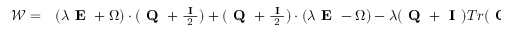
\begin{array} { r l } { \boldsymbol { \mathcal { W } } = } & { { } ( \lambda \textbf { E } + \boldsymbol { \Omega } ) \cdot ( \textbf { Q } + \frac { \textbf { I } } { 2 } ) + ( \textbf { Q } + \frac { \textbf { I } } { 2 } ) \cdot ( \lambda \textbf { E } - \boldsymbol { \Omega } ) - \lambda ( \textbf { Q } + \textbf { I } ) T r ( \textbf { Q } \cdot \textbf { E } ) } \end{array}